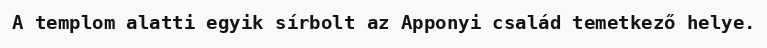
A templom alatti egyik sírbolt az Apponyi család temetkező helye.